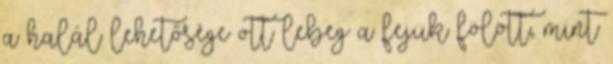
a halál lehetősége ott lebeg a fejük fölött, mint